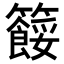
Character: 𥷓